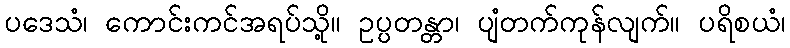
ပဒေသံ၊ ကောင်းကင်အရပ်သို့။ ဥပ္ပတန္တာ၊ ပျံတက်ကုန်လျက်။ ပရိစယံ၊